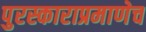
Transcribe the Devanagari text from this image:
पुरस्काराप्रमाणेच